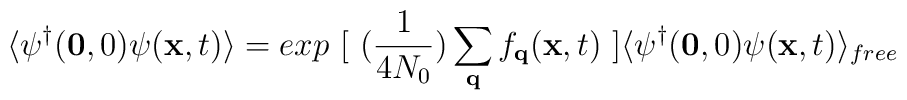
\langle \psi^{\dagger}({\bf{0}},0)\psi({\bf{x}},t)\rangle = exp\mbox{ }[ \mbox{  }(\frac{1}{4N_{0}})\sum_{ {\bf{q}} }f_{ {\bf{q}} }({\bf{x}},t) \mbox{  }]\langle \psi^{\dagger}({\bf{0}},0)\psi({\bf{x}},t)\rangle_{free}